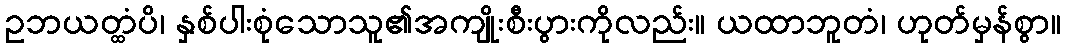
ဥဘယတ္ထံပိ၊ နှစ်ပါးစုံသောသူ၏အကျိုးစီးပွားကိုလည်း။ ယထာဘူတံ၊ ဟုတ်မှန်စွာ။